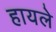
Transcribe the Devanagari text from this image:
हायले